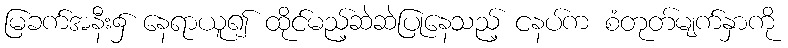
မြခက်အနီး၌ နေရာယူ၍ ထိုင်မည့်ဆဲဆဲပြုနေသည့် ငနပ်က စံတုတ်မျက်နှာကို